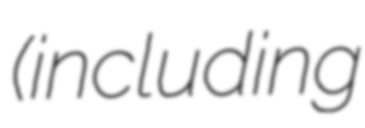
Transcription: (including